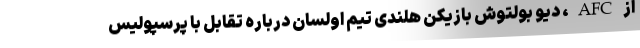
از AFC، دیو بولتوش بازیکن هلندی تیم اولسان درباره تقابل با پرسپولیس